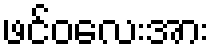
ဖင်ဝလေးအား